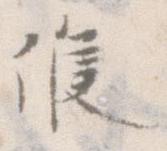
候